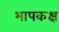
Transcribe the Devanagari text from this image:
भापकक्ष